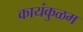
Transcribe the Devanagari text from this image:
कायंकुळम